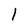
Character: l